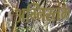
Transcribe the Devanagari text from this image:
अग्निस्तंभ